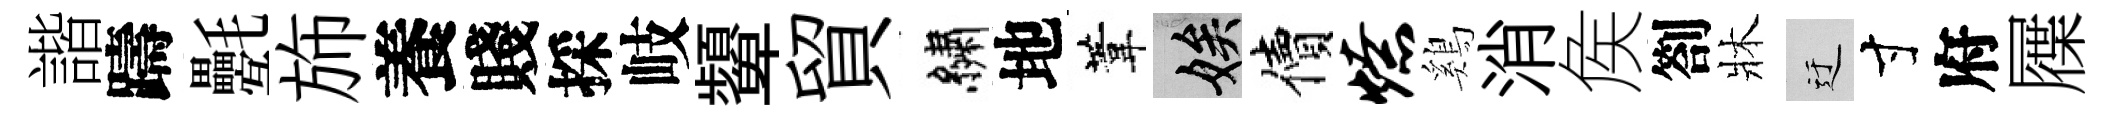
諧躊氎斾養賤採岐顰貿繡地葦娭價燎鷄消矦劄牀迂寸府屧